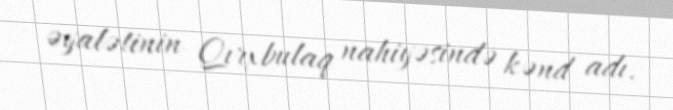
əyalətinin Qırxbulaq nahiyəsində kənd adı.